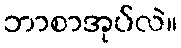
ဘာစာအုပ်လဲ။